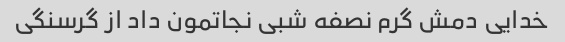
خدایی دمش گرم نصفه شبی نجاتمون داد از گرسنگی